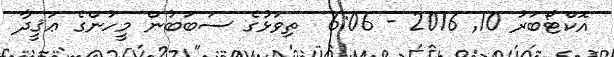
އޮކްޓޯބަރު 10